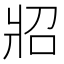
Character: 㸛